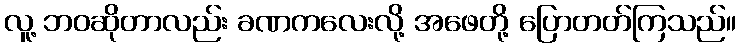
လူ့ ဘဝဆိုတာလည်း ခဏကလေးလို့ အဖေတို့ ပြောတတ်ကြသည်။